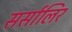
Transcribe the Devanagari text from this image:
सर्सालिर